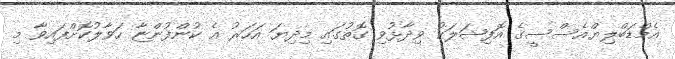
އެމްޑަބްލިޔްއެސްސީގެ އޮފިިޝަލަކު ވިދާޅުވި ގޮތުގައި މިދިޔަ އަހަރު އެ ކުންފުންޏާ ހަވާލުކޮށްފައިވާ މި